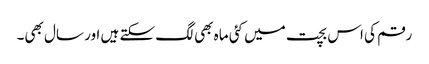
رقم کی اس بچت میں کئی ماہ بھی لگ سکتے ہیں اور سال بھی۔